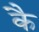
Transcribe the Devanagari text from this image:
कै